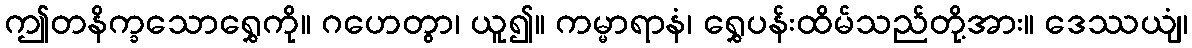
ဤတနိက္ခသောရွှေကို။ ဂဟေတွာ၊ ယူ၍။ ကမ္မာရာနံ၊ ရွှေပန်းထိမ်သည်တို့အား။ ဒေဿယျံ၊